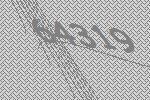
64319